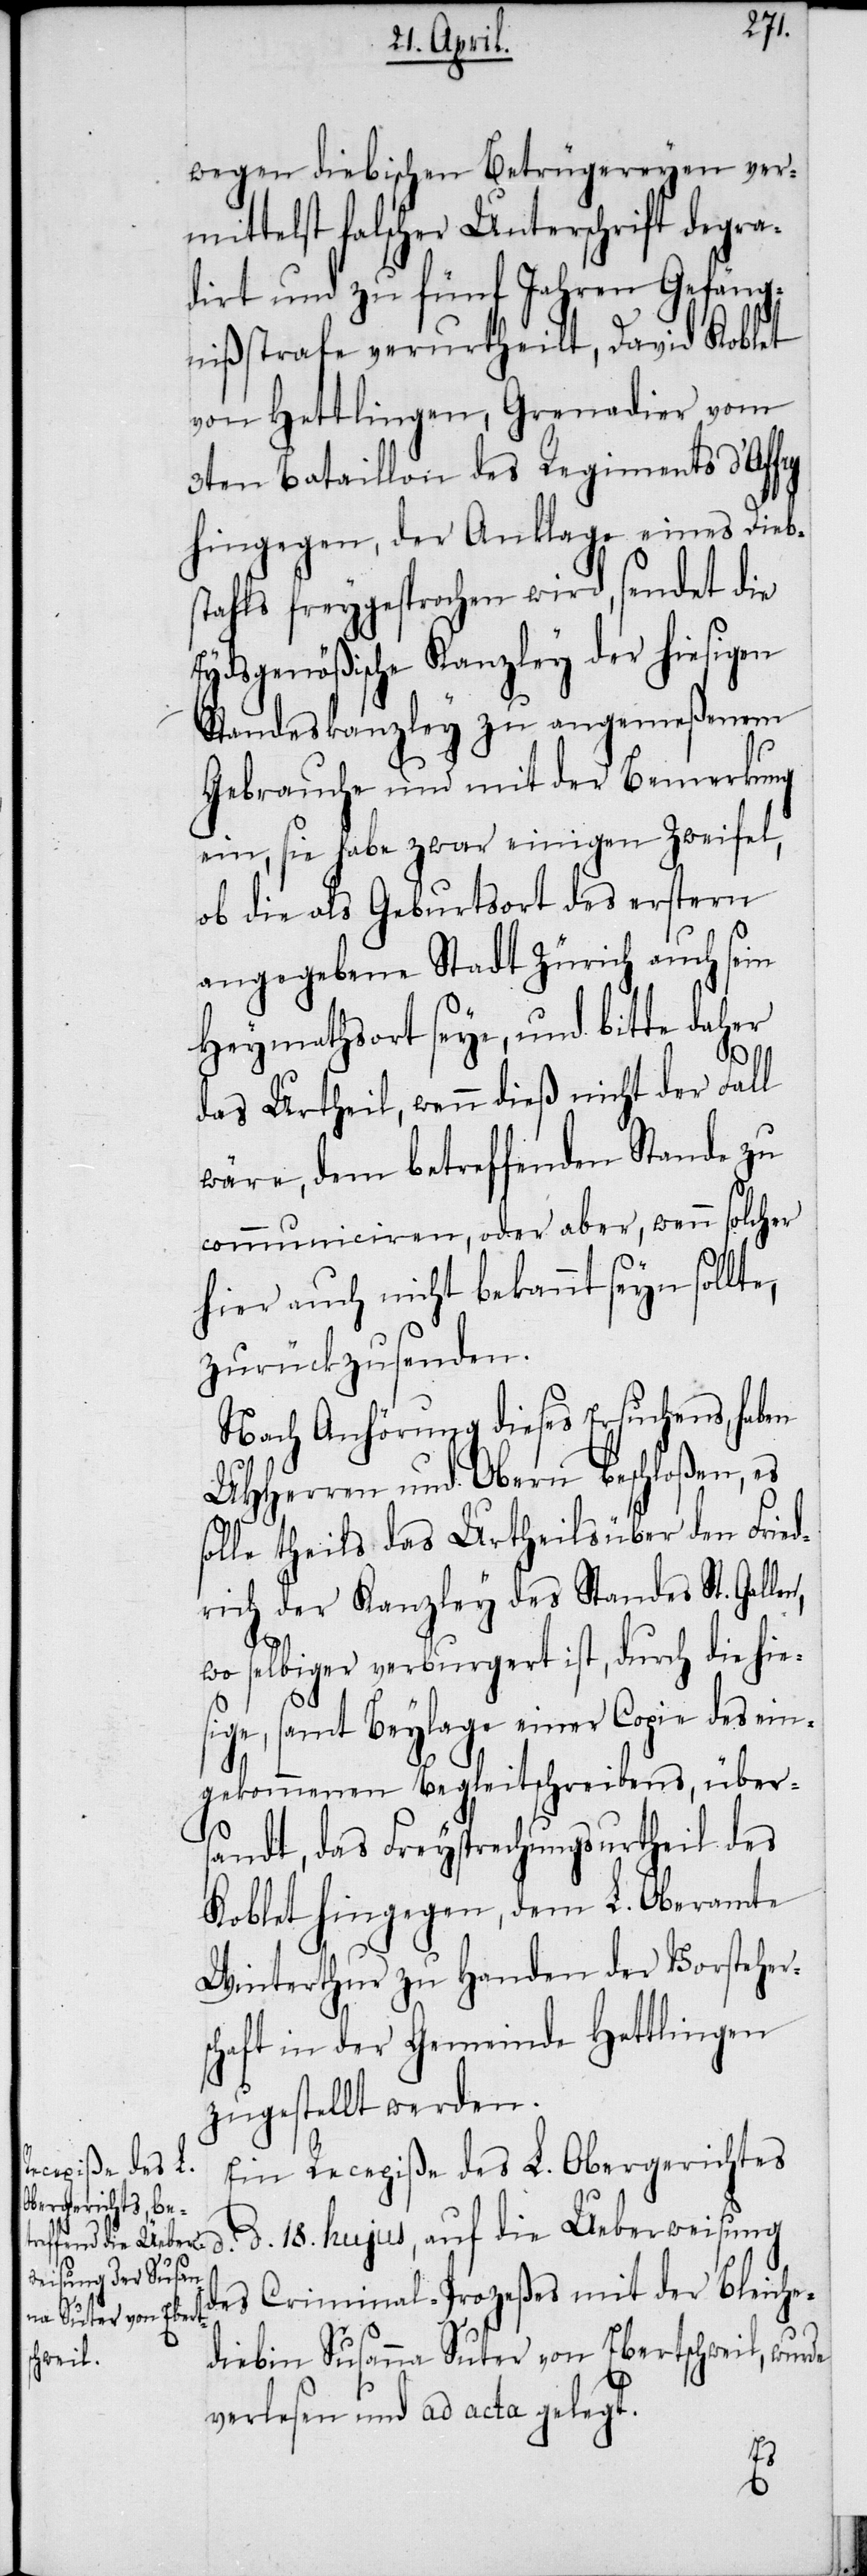
wegen diebischen Betrügereyen ver¬
mittelst falscher Unterschrift degra¬
dirt und zu fünf Jahren Gefäng¬
nißstrafe verurtheilt, David Koblet
von Hettlingen, Grenadier vom
3ten Bataillon des Regiments d’Affry
hingegen, der Anklage eines Diebs¬
tahls freygesprochen wird, sendet die
Eydsgenößische Kanzley der hiesigen
Standeskanzley zu angemeßenem
Gebrauche und mit der Bemerkung
ein, sie habe zwar einigen Zweifel,
ob die als Geburtsort des erstern
angegebene Stadt Zürich auch sein
Heymathsort seye, und bitte daher
de
das Urtheil, wenn dieß nicht der Fall
wäre, dem betreffenden Stande zu
communiciren, oder aber, wenn solcher
hier auch nicht bekannt seyn sollte,
zurückzusenden.
Nach Anhörung dieses Ersuchens, haben
UHHerren und Obern beschloßen, es
solle theils das Urtheils über den Fried¬
rich der Kanzley des Standes St. Gallen,
wo selbiger verburgert ist, durch die hies¬
ige, samt Beylage einer Copie des ein¬
gekommenen Begleitschreibens, über¬
sandt, das Freysprechungsurtheil des
Koblet hingegen, dem L. Oberamte
Winterthur zu Handen der Vorsteher¬
schaft in der Gemeinde Hettlingen
zugestellt werden.
Ein Recepiße des L. Obergerichtes
d. 18. hujus, auf die Ueberweisung
des Criminal-Prozeßes mit der Bleiche¬
diebin Susanna Suter von Ebertschweil, wur¬
verlesen und ad acta gelegt.